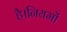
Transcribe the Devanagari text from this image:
है।नियमों